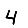
Digit: 4